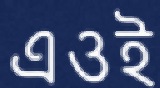
এওই